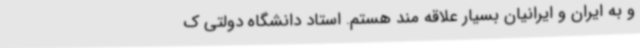
و به ایران و ایرانیان بسیار علاقه مند هستم. استاد دانشگاه دولتی ک